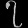
Digit: ၇